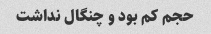
حجم کم بود و چنگال نداشت